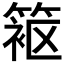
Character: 𬕦